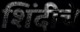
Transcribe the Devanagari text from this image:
शिंदीचे